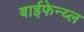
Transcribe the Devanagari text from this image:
बाईफेन्य्ल